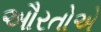
ઔરતોએ